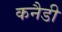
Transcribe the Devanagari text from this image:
कनैडी